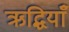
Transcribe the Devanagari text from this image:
ऋद्धियाँ